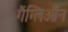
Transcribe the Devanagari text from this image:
गैंग्लिऑन